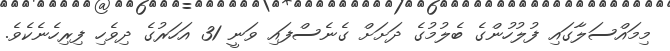
މިމައްސަލާގައި ފުލުހުންގެ ބެލުމުގެ ދަށަށް ގެނެސްފައި ވަނީ 31 އަހަރުގެ ދިވެހި ފިރިހެނެކެވެ.